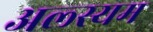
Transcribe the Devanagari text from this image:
अल्स्यम